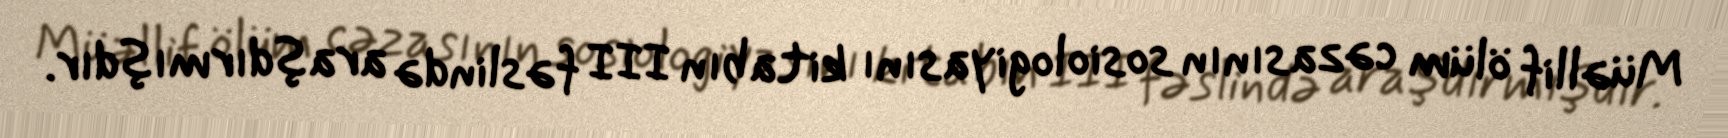
Müəllif ölüm cəzasının sosiologiyasını kitabın III fəslində araşdırmışdır.